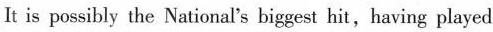
It is possibly the National'sbiggest hit,having played